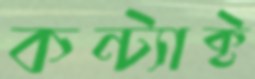
কন্ট্যাক্ট